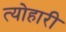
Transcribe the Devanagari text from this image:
त्योहारी